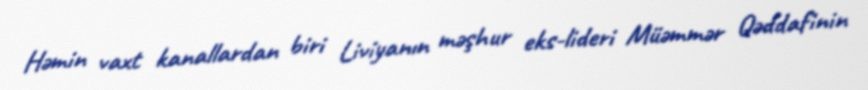
Həmin vaxt kanallardan biri Liviyanın məşhur eks-lideri Müəmmər Qəddafinin